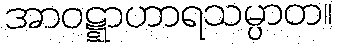
အာဝဋ္ဋာဟာရသမ္ပာတ။